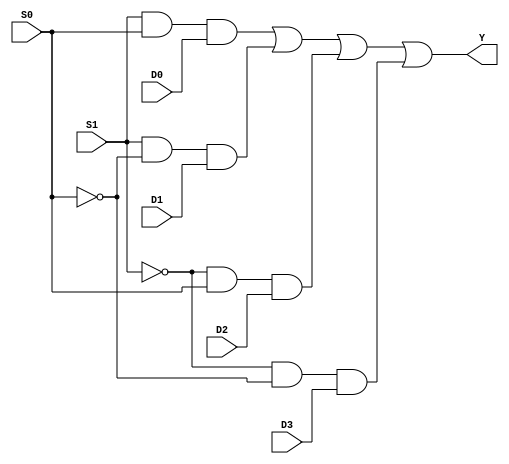
module mux_4to1 (
    input D0, D1, D2, D3,
    input S0, S1,
    output Y
);

// Combinational logic to implement 4:1 MUX
assign Y = (S1 & S0 & D0) | (S1 & ~S0 & D1) | (~S1 & S0 & D2) | (~S1 & ~S0 & D3);

endmodule